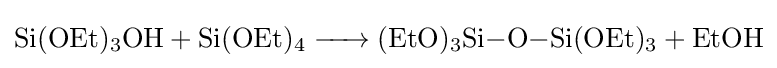
{\ce {Si(OEt)3OH + Si(OEt)4 -> (EtO)3Si-O-Si(OEt)3 + EtOH}}